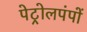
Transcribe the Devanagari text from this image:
पेट्रोलपंपों